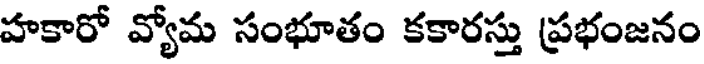
హకారో వ్యోమ సంభూతం కకారస్తు ప్రభంజనం